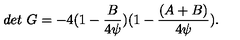
d e t \ G = - 4 ( 1 - { \frac { B } { 4 \psi } } ) ( 1 - { \frac { ( A + B ) } { 4 \psi } } ) .